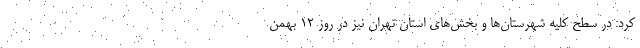
کرد: در سطح کلیه شهرستان‌ها و بخش‌های استان تهران نیز در روز ۱۲ بهمن